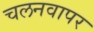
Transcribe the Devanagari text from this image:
चलनवापर